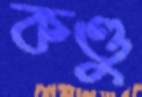
কণ্ডু